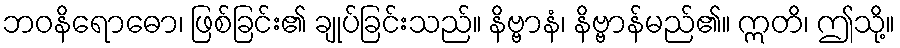
ဘဝနိရောဓော၊ ဖြစ်ခြင်း၏ ချုပ်ခြင်းသည်။ နိဗ္ဗာနံ၊ နိဗ္ဗာန်မည်၏။ ဣတိ၊ ဤသို့။